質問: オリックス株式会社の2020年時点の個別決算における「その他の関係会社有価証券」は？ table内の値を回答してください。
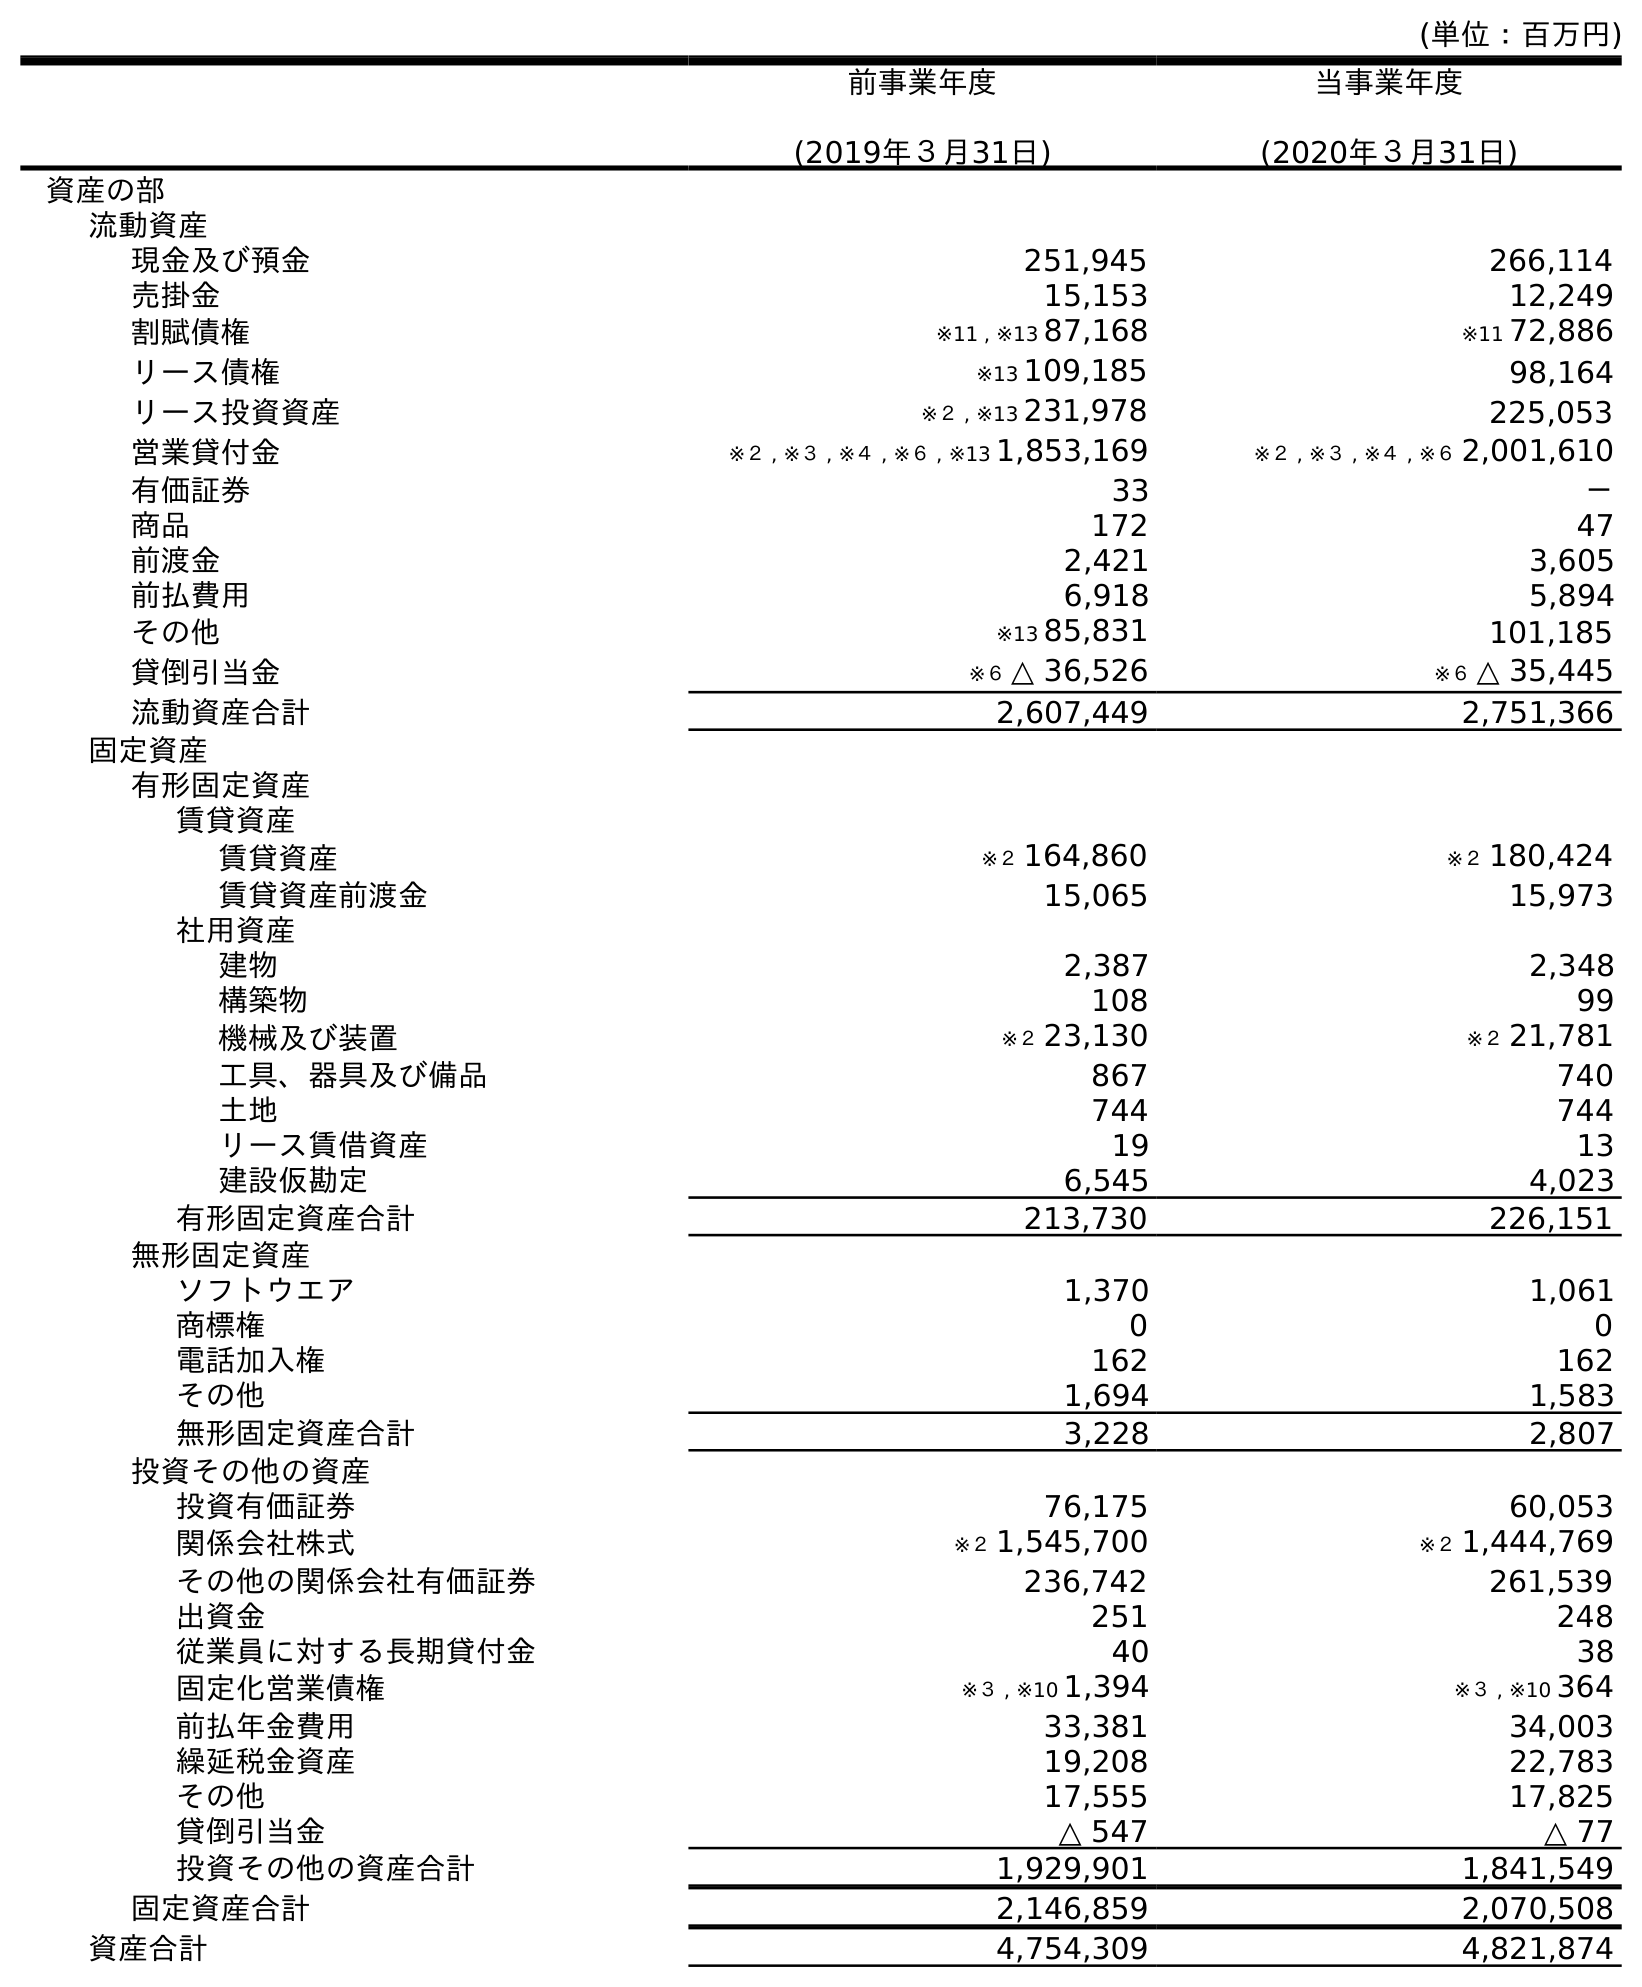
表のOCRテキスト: (単位：百万円) 前事業年度 (2019年３月31日) 当事業年度 (2020年３月31日) 資産の部 流動資産 現金及び預金 251,945 266,114 売掛金 15,153 12,249 割賦債権 ※11 , ※13 87,168 ※11 72,886 リース債権 ※13 109,185 98,164 リース投資資産 ※２ , ※13 231,978 225,053 営業貸付金 ※２ , ※３ , ※４ , ※６ , ※13 1,853,169 ※２ , ※３ , ※４ , ※６ 2,001,610 有価証券 33 － 商品 172 47 前渡金 2,421 3,605 前払費用 6,918 5,894 その他 ※13 85,831 101,185 貸倒引当金 ※６ △ 36,526 ※６ △ 35,445 流動資産合計 2,607,449 2,751,366 固定資産 有形固定資産 賃貸資産 賃貸資産 ※２ 164,860 ※２ 180,424 賃貸資産前渡金 15,065 15,973 社用資産 建物 2,387 2,348 構築物 108 99 機械及び装置 ※２ 23,130 ※２ 21,781 工具、器具及び備品 867 740 土地 744 744 リース賃借資産 19 13 建設仮勘定 6,545 4,023 有形固定資産合計 213,730 226,151 無形固定資産 ソフトウエア 1,370 1,061 商標権 0 0 電話加入権 162 162 その他 1,694 1,583 無形固定資産合計 3,228 2,807 投資その他の資産 投資有価証券 76,175 60,053 関係会社株式 ※２ 1,545,700 ※２ 1,444,769 その他の関係会社有価証券 236,742 261,539 出資金 251 248 従業員に対する長期貸付金 40 38 固定化営業債権 ※３ , ※10 1,394 ※３ , ※10 364 前払年金費用 33,381 34,003 繰延税金資産 19,208 22,783 その他 17,555 17,825 貸倒引当金 △ 547 △ 77 投資その他の資産合計 1,929,901 1,841,549 固定資産合計 2,146,859 2,070,508 資産合計 4,754,309 4,821,874
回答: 261,539